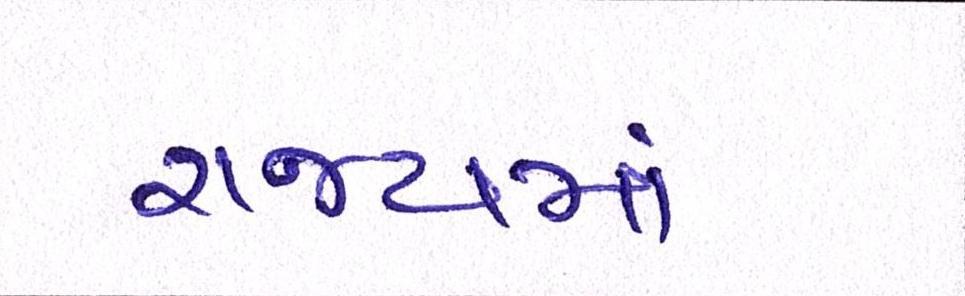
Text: રાજ્યમાં